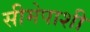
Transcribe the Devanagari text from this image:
सीमेपाशी